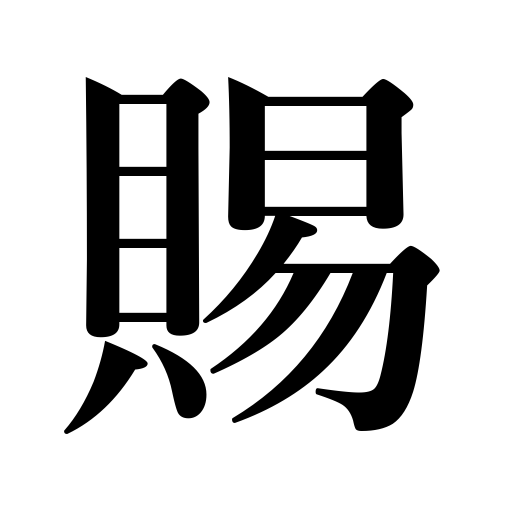
Meanings: honor with,bestow on,give,deign to,grant